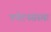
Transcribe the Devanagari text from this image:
पर्यटनसंस्था